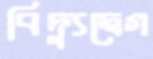
বিদ্যুদ্বেগ